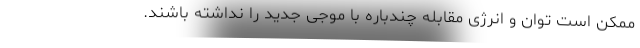
ممکن است توان و انرژی مقابله چندباره با موجی جدید را نداشته باشند.